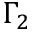
\Gamma _ { 2 }